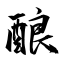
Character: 酿